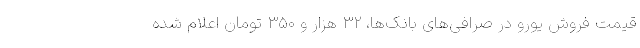
قیمت فروش یورو در صرافی‌های بانک‌ها، ۳۲ هزار و ۳۵۰ تومان اعلام شده